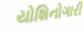
યોશિનોગારી